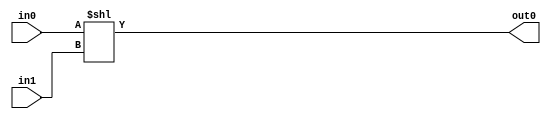
module shift_left (input wire [7:0]in0,
				input wire [7:0]in1,
				output wire [7:0]out0);
assign out0 = in0 << in1;
endmodule